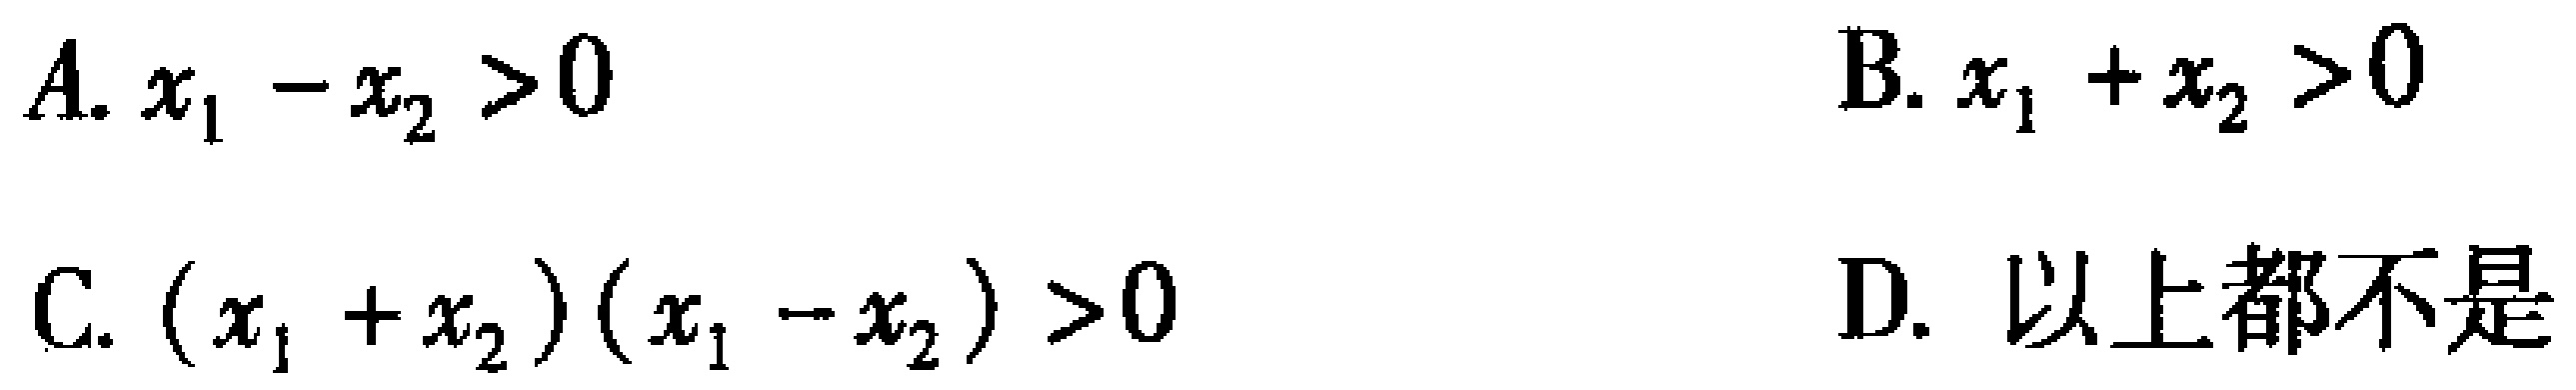
A. \(x_{1}-x_{2}>0\)  B. \(x_{1}+x_{2}>0\)  C. \((x_{1}+x_{2})(x_{1}-x_{2})>0\)  D. 以上都不是